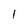
Character: 1